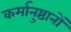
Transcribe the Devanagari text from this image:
कर्मानुष्ठानों